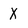
Character: X